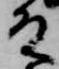
殿